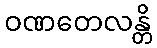
ဝဏတေလန္တိ